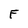
Character: F